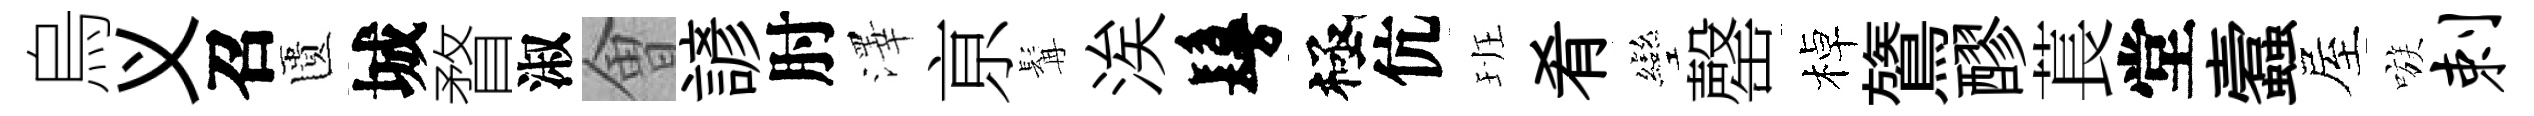
烏义召匱城瞀淑㑹諺肘澤亰髯涘鬘極伉班肴彎罄棹鷟醪萇堂蠧屋嗾剌